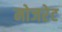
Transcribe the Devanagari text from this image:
मोजरेट